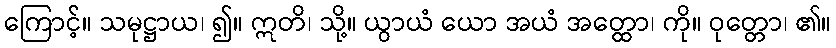
ကြောင့်။ သမုဋ္ဌာယ၊ ၍။ ဣတိ၊ သို့။ ယွာယံ ယော အယံ အတ္ထော၊ ကို။ ဝုတ္တော၊ ၏။